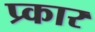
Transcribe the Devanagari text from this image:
प्र्कार